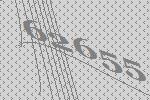
62655